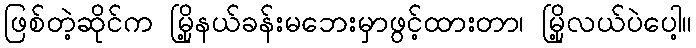
ဖြစ်တဲ့ဆိုင်က မြို့နယ်ခန်းမဘေးမှာဖွင့်ထားတာ၊ မြို့လယ်ပဲပေါ့။